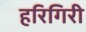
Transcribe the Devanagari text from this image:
हरिगिरी